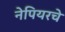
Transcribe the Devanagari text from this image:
नेपियरचे